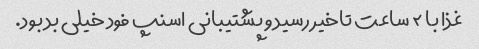
غذا با ۲ ساعت تاخیر رسید و پشتیبانی اسنپ فود خیلی بد بود.